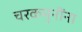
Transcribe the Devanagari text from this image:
चरकमुनींना